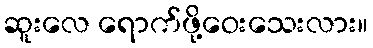
ဆူးလေ ရောက်ဖို့ဝေးသေးလား။